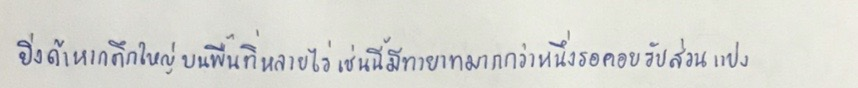
ยิ่งถ้าหากตึกใหญ่บนพื้นที่หลายไร่เช่นนี้มีทายาทมากกว่าหนึ่งรอคอยรับส่วนแบ่ง